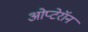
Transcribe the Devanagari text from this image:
ओप्टेरॉन